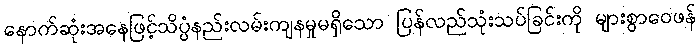
နောက်ဆုံးအနေဖြင့်သိပ္ပံနည်းလမ်းကျနမှုမရှိသော ပြန်လည်သုံးသပ်ခြင်းကို များစွာဝေဖန်